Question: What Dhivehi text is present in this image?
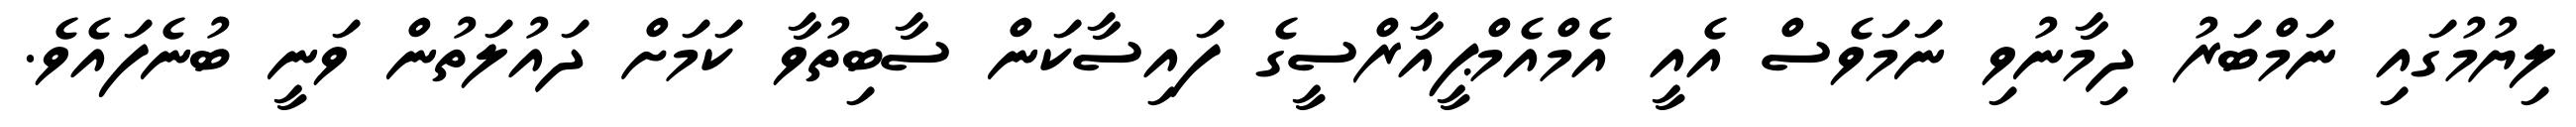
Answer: ލިޔުމުގައި ނަމްބަރު ދިމާނުވި ނަމަވެސް އެއީ އެމްއެމްޕީއާރްސީގެ ފައިސާކަން ސާބިތުވާ ކަމަށް ދައުލަތުން ވަނީ ބުނެފައެވެ.